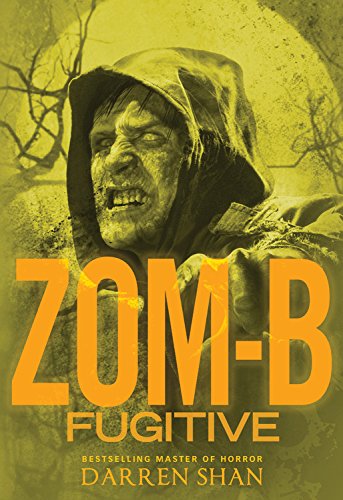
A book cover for Zom-B Fugitive; Darren Shan; Teen & Young Adult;